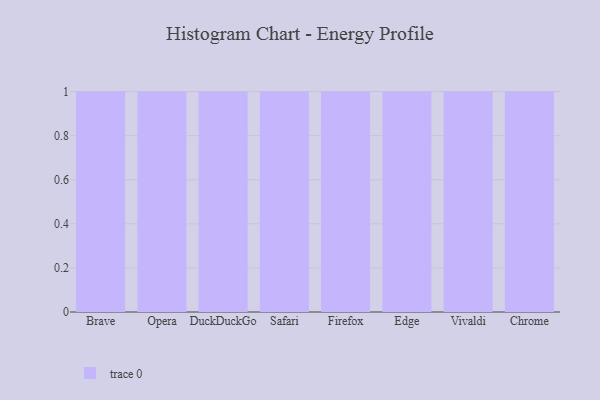
{"axis": {"x": "Browser", "y": "Market Share (%)"}, "legend": [""], "data": [{"x": "Brave", "y": 23, "type": ""}, {"x": "Opera", "y": 43, "type": ""}, {"x": "DuckDuckGo", "y": 76, "type": ""}, {"x": "Safari", "y": 31, "type": ""}, {"x": "Firefox", "y": 49, "type": ""}, {"x": "Edge", "y": 13, "type": ""}, {"x": "Vivaldi", "y": 28, "type": ""}, {"x": "Chrome", "y": 43, "type": ""}]}